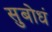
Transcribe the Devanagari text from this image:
सुबोधं